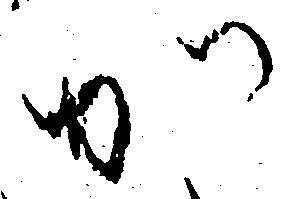
か